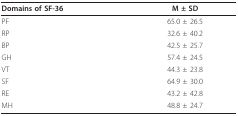
<table><thead><tr><td><b>Domains of SF-36</b></td><td><b>M ± SD</b></td></tr></thead><tbody><tr><td>PF</td><td>65.0 ± 26.5</td></tr><tr><td>RP</td><td>32.6 ± 40.2</td></tr><tr><td>BP</td><td>42.5 ± 25.7</td></tr><tr><td>GH</td><td>57.4 ± 24.5</td></tr><tr><td>VT</td><td>44.3 ± 23.8</td></tr><tr><td>SF</td><td>64.9 ± 30.0</td></tr><tr><td>RE</td><td>43.2 ± 42.8</td></tr><tr><td>MH</td><td>48.8 ± 24.7</td></tr></tbody></table>